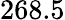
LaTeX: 268.5